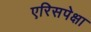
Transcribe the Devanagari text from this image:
एरिसपेक्षा